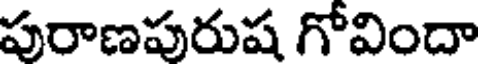
పురాణపురుష గోవిందా